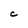
Character: C